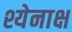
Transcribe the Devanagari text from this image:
श्येनाक्ष